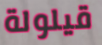
قيلولة